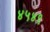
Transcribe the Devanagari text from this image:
४५४९